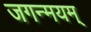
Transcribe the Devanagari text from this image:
जगन्मयम्